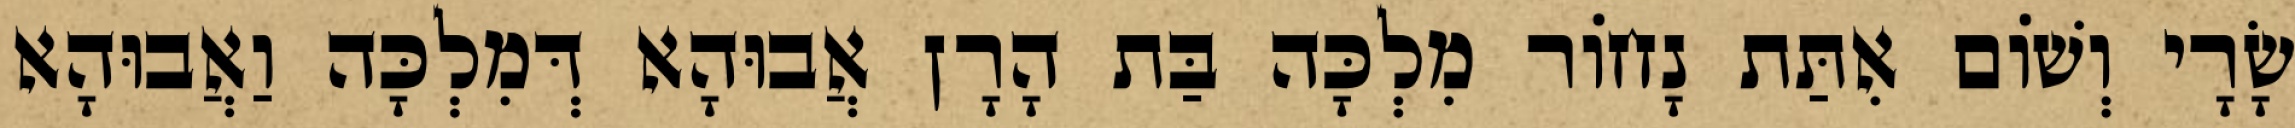
שָׂרָי וְשׁוֹם אִתַּת נָחוֹר מִלְכָּה בַּת הָרָן אֲבוּהָא דְּמִלְכָּה וַאֲבוּהָא